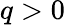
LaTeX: q>0